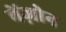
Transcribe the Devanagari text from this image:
बेंज़ोन